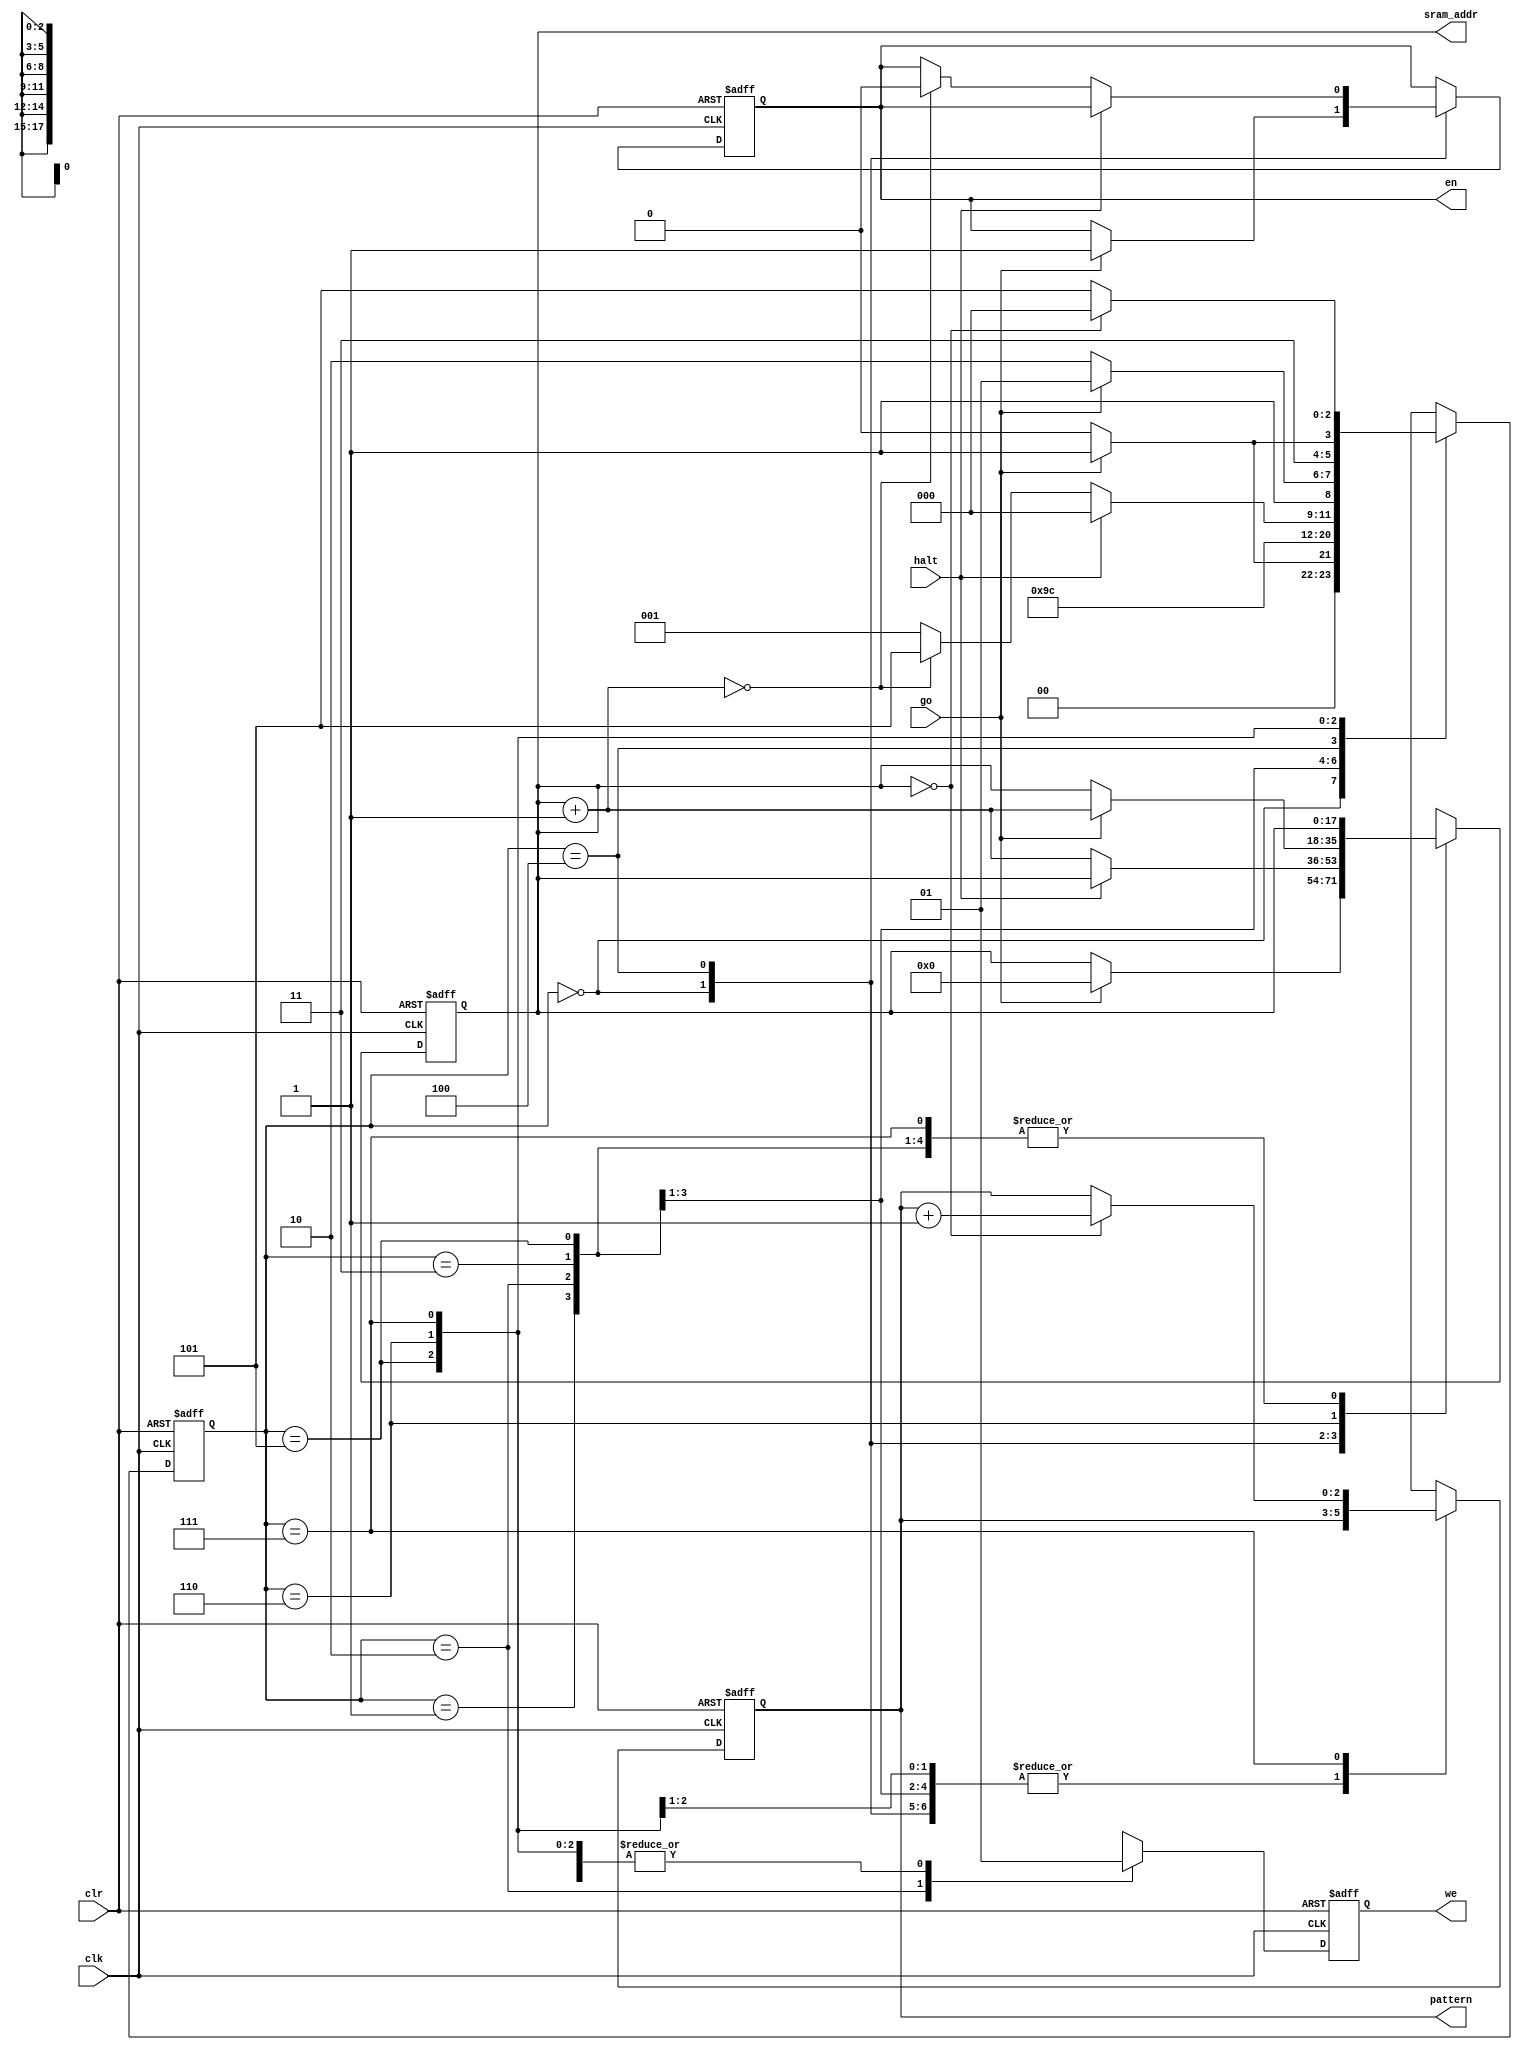
module sram_ctrl_a(
	input clk,
	input clr,
	input go,
	input halt,
	output reg we,
	output [17:0] sram_addr,
	output [2:0] pattern,
	output reg en
);

reg[2:0] state;
parameter START = 4'b0000, ADDROUT = 4'b0001, DATAOUT = 4'b0010,
	WRITE = 4'b0011, TEST1 = 4'b0100, WAIT_AND_GO = 4'b0101, READ = 4'b0110,
	TEST2 = 4'b0111, HALT = 4'b1000;
reg [17:0] addrv;
reg [2:0] patternv;

assign sram_addr = addrv;
assign pattern = patternv;

always @(posedge clk or posedge clr)
begin
	if (clr == 1)
		begin
			state <= START;
			addrv = 0;
			patternv = 0;
			we <= 1;
			en <= 0;
		end
	else
		case(state)
			START:
			begin
				we <= 1;
				if (go == 1)
					begin
						addrv = 0;
						en <= 1;
						state <= ADDROUT;
					end
				else
					state <= START;
			end
			
			ADDROUT:
			begin
				state <= DATAOUT;
				we <= 1;
			end
			
			DATAOUT:
			begin
				state <= WRITE;
				we <= 0;
			end
			
			WRITE:
			begin
				state <= TEST1;
				we <= 1;
			end
			
			TEST1:
			begin
				we <= 1;
				if (halt == 1)
					state <= HALT;
				else
					begin
						addrv = addrv + 1;
						if (addrv == 0)
							begin
								state <= WAIT_AND_GO;
								en <= 0;
							end
						else
							state <= ADDROUT;
					end
			end
			
			WAIT_AND_GO:
			begin
				we <= 1;
				if (go == 1)
					state <= WAIT_AND_GO;
				else
					state <= READ;
			end
			
			READ:
			begin
				we <= 1;
				if (go == 1)
					begin
						state <= TEST2;
						addrv = addrv + 1;
					end
				else
					state <= READ;
			end
			
			TEST2:
			begin
				we <= 1;
				if (addrv == 0)
					begin
						patternv = patternv + 1;
						state <= START;
					end
				else
					state <= WAIT_AND_GO;
			end
			
			HALT:
			begin
				state <= HALT;
			end
			
			default;
		endcase
end

endmodule